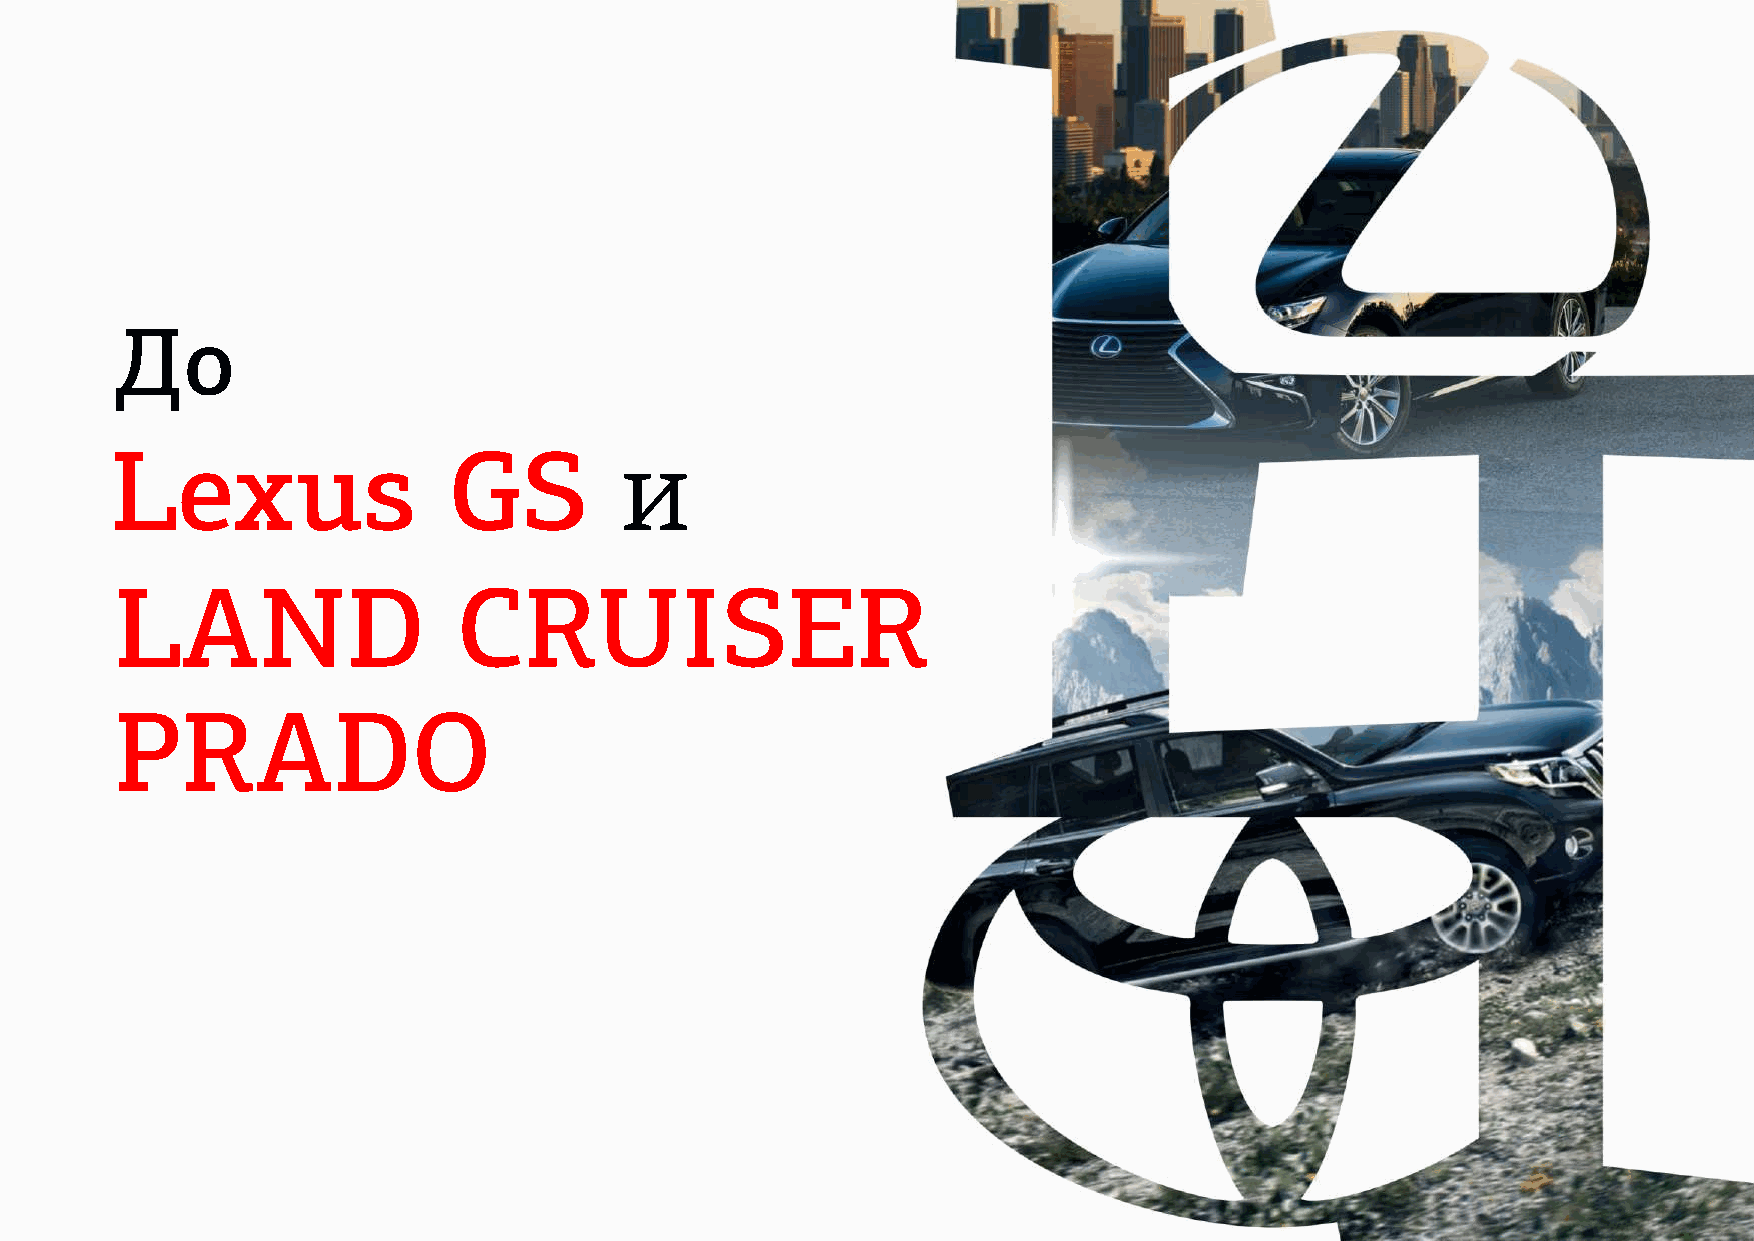
До
 Lexus                  GS         и
 LAND                  CRUISER
 PRADO